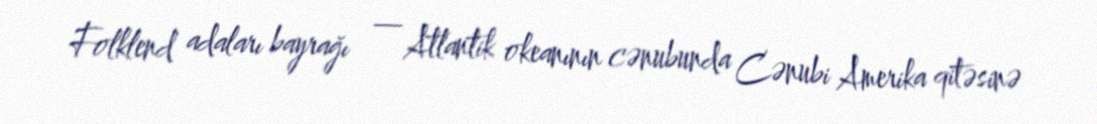
Folklend adaları bayrağı — Atlantik okeanının cənubunda Cənubi Amerika qitəsinə